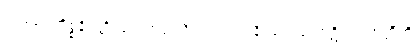
ပဌမမဂ္ဂကိစ္စနိပ္ဖတ္တိ သမဏဒုဿီလဿ ဥပနိဿယကောဋိယာ ဟတ္ထီတိ